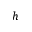
h